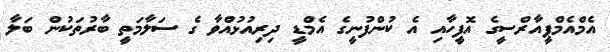
އެމްއެމްޕީއާރްސީގެ އޮފީހާއި އެ ކުންފުނީގެ އެމްޑީ ދިރިއުޅުއްވާ ގެ ސަލާމަތީ ބާރުތަކުން ބަލާ